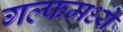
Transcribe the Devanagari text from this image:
गल्फमध्ये